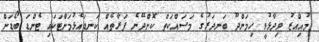
މުއިއްޒު ވިދާޅުވީ ހިމަންދޫ ބަނދަރުގެ މަސައްކަތް ކޮށްދޭނެ ފަރާތެއް ކަނޑައެޅުމަށްޓަކައި ޓެންޑަ ބޯޑަށް